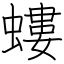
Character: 螻